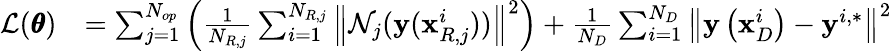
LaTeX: \begin{array}{rl}{\mathcal{L}(\pmb{\theta})}&{=\sum_{j=1}^{N_{op}}{\left(\frac{1}{N_{R,j}}\sum_{i=1}^{N_{R,j}}{\left\| \mathcal{N}_{j}(\mathbf{y}(\mathbf{x}_{R,j}^{i}))\right\| ^{2}}\right)}+\frac{1}{N_{D}}\sum_{i=1}^{N_{D}}{\left\| \mathbf{y}\left(\mathbf{x}_{D}^{i}\right)-\mathbf{y}^{i,*}\right\| ^{2}}}\end{array}